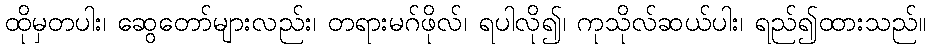
ထိုမှတပါး၊ ဆွေတော်များလည်း၊ တရားမဂ်ဖိုလ်၊ ရပါလို၍၊ ကုသိုလ်ဆယ်ပါး၊ ရည်၍ထားသည်။